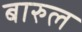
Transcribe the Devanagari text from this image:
बारुल